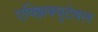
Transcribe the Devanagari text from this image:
एक्झिक्युटेबल